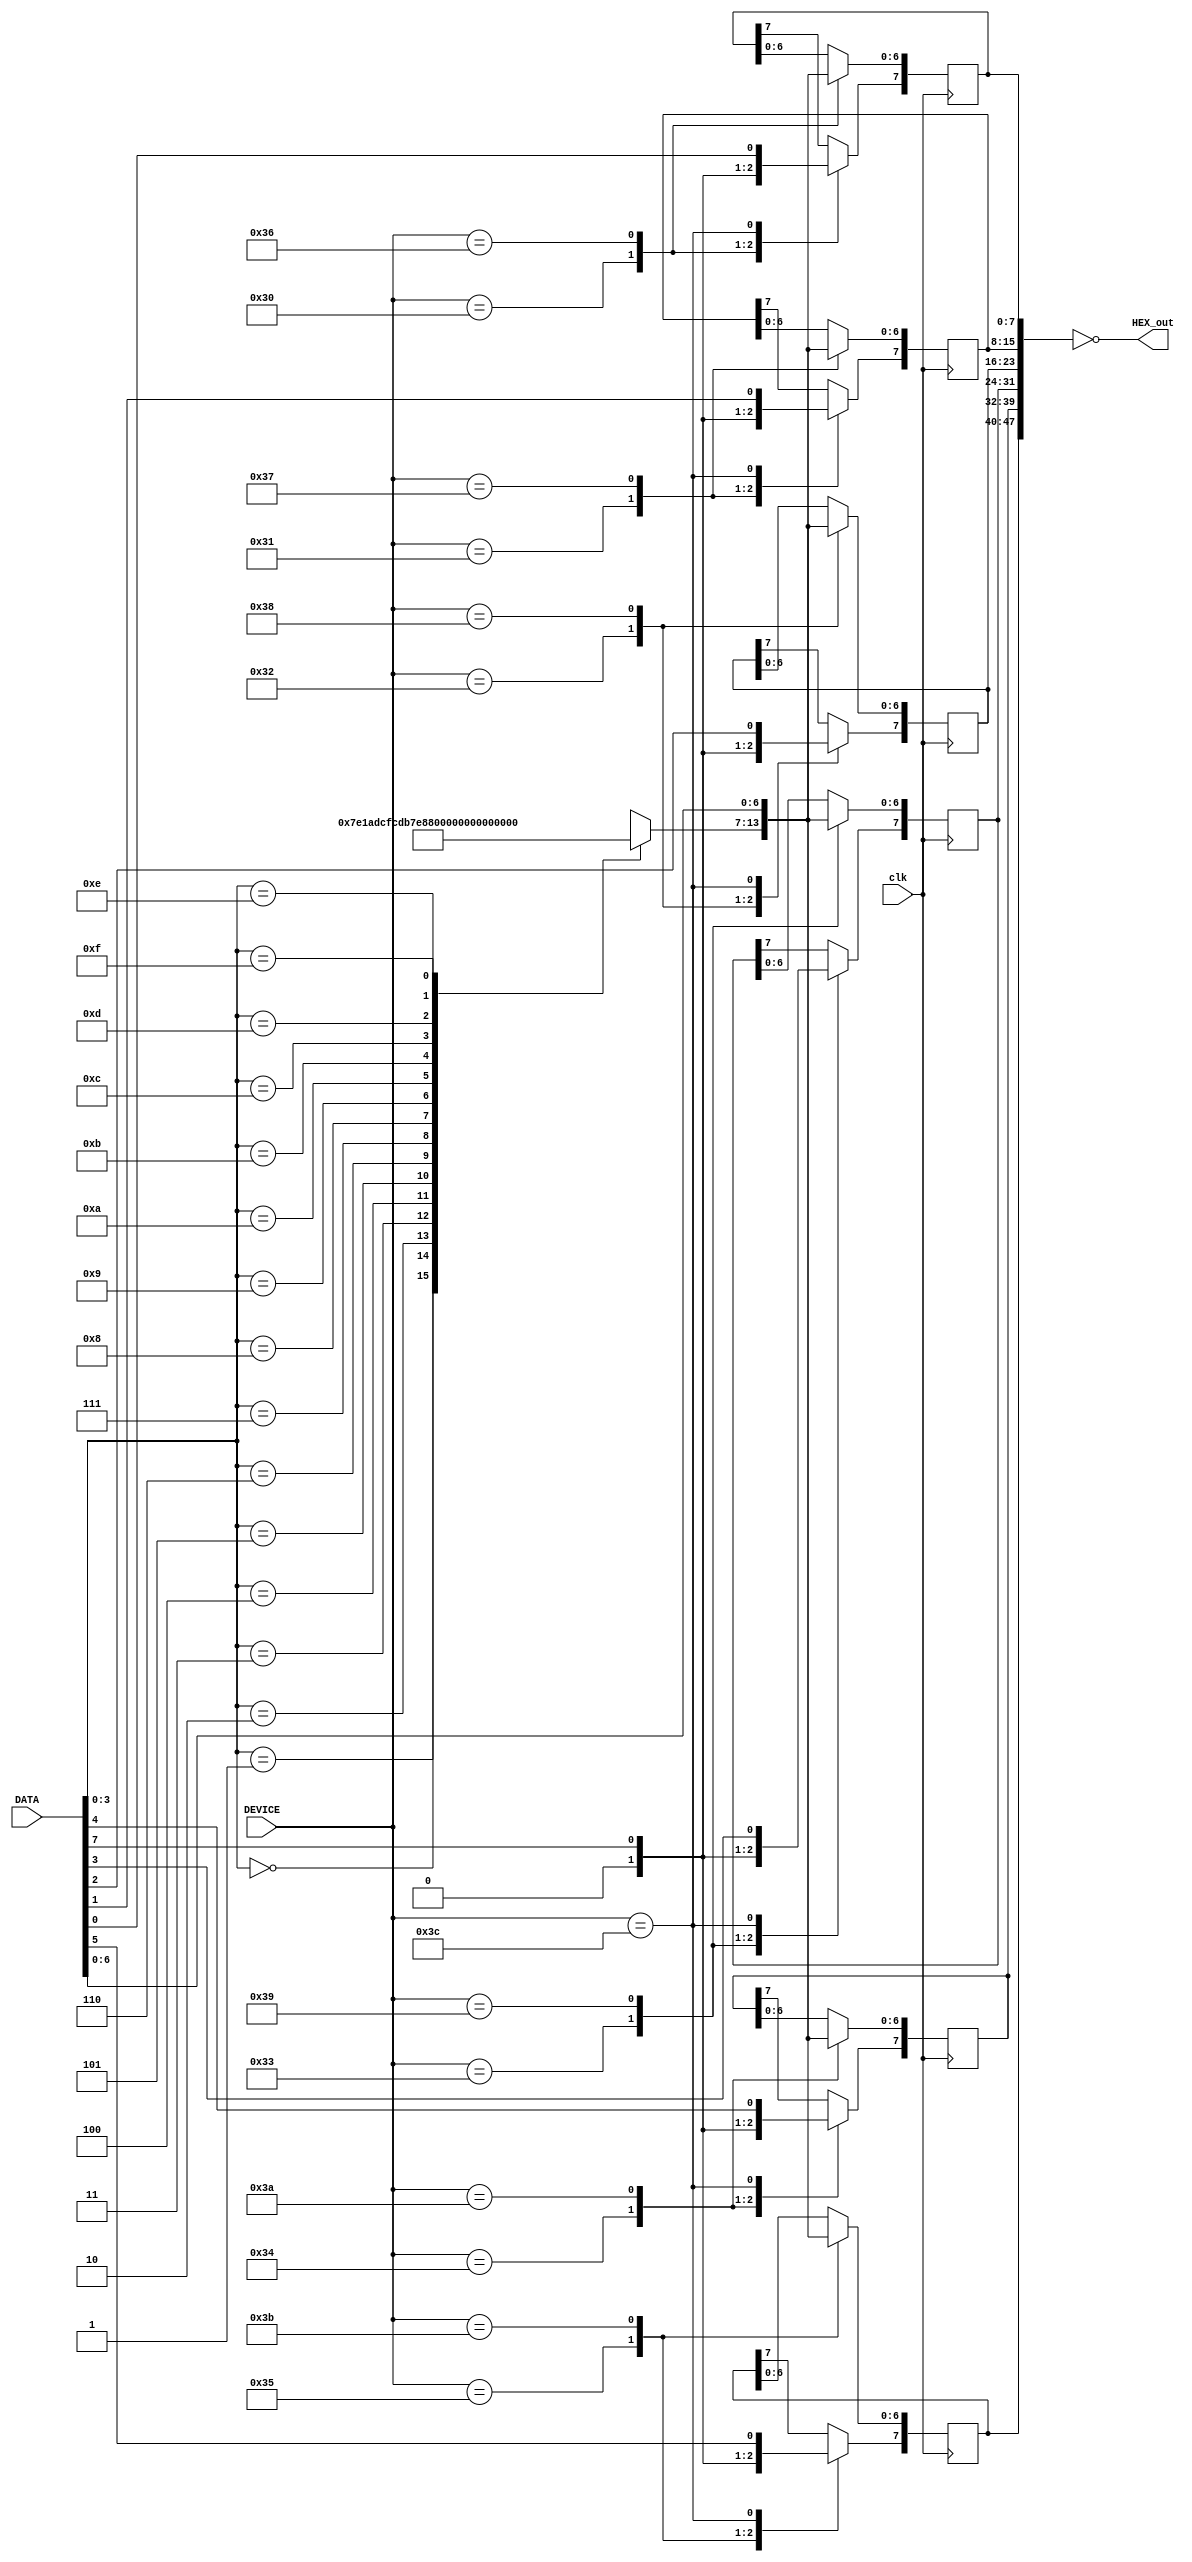
module Seven_seg(
clk,
DEVICE,
DATA,
HEX_out
);
input clk;
output [47:0] HEX_out;
input [15:0] DEVICE;
input [15:0] DATA;

wire [47:0] HEX_out;
wire [15:0] DEVICE;
wire [15:0] DATA;
//////////////7_SEG////////////////////
reg [7:0] HEX0= 0;
reg [7:0] HEX1= 0;
reg [7:0] HEX2= 0;
reg [7:0] HEX3= 0;
reg [7:0] HEX4= 0;
reg [7:0] HEX5= 0;

wire [6:0] seven_segment[15:0]; 

assign
seven_segment[0] = 7'b0111111,
seven_segment[1] = 7'b0000110,
seven_segment[2] = 7'b1011011,
seven_segment[3] = 7'b1001111,
seven_segment[4] = 7'b1100110,
seven_segment[5] = 7'b1101101,
seven_segment[6] = 7'b1111101,
seven_segment[7] = 7'b0000111,
seven_segment[8] = 7'b1111111,
seven_segment[9] = 7'b1101111,
seven_segment[10] = 7'b1110111,
seven_segment[11] = 7'b1111100,
seven_segment[12] = 7'b0111001,
seven_segment[13] = 7'b1011110,
seven_segment[14] = 7'b1111001,
seven_segment[15] = 7'b1110001;


assign 
HEX_out = ~({HEX5,HEX4,HEX3,HEX2,HEX1,HEX0});

always @(negedge clk)
begin
	case(DEVICE)
		////////////////////////////////////LED X////////////////////////////////////
		16'h0030:		//LEDBO]m
			begin
				HEX0[7:0] <={1'b0,seven_segment[DATA[3:0]]};
			end
		16'h0031:		//LEDGO]m
			begin
				HEX1[7:0] <={1'b0,seven_segment[DATA[3:0]]};
			end	
		16'h0032:		//LEDRO]m
			begin
				HEX2[7:0] <={1'b0,seven_segment[DATA[3:0]]};
			end	
		16'h0033:		//LEDBO]m
			begin
				HEX3[7:0] <={1'b0,seven_segment[DATA[3:0]]};
			end
		16'h0034:		//LEDBO]m
			begin
				HEX4[7:0] <={1'b0,seven_segment[DATA[3:0]]};
			end
		16'h0035:		//LEDBO]m
			begin
				HEX5[7:0] <={1'b0,seven_segment[DATA[3:0]]};
			end
		16'h0036:		//LEDBO]m
			begin
				HEX0[7:0] <=DATA[7:0];
			end
		16'h0037:		//LEDBO]m
			begin
				HEX1[7:0] <=DATA[7:0];
			end
		16'h0038:		//LEDBO]m
			begin
				HEX2[7:0] <=DATA[7:0];
			end
		16'h0039:		//LEDBO]m
			begin
				HEX3[7:0] <=DATA[7:0];
			end
		16'h003A:		//LEDBO]m
			begin
				HEX4[7:0] <=DATA[7:0];
			end
		16'h003B:		//LEDBO]m
			begin
				HEX5[7:0] <=DATA[7:0];
			end
		16'h003C:		//LEDBO]m
			begin
             HEX0[7] <= DATA[0];
				 HEX1[7] <= DATA[1];
				 HEX2[7] <= DATA[2];
				 HEX3[7] <= DATA[3];
				 HEX4[7] <= DATA[4];
				 HEX5[7] <= DATA[5];
			end
		default:begin end
	endcase
end

endmodule